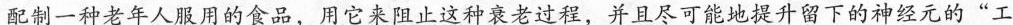
配制一种老年人服用的食品，用它来阻止这种衰老过程，并且尽可能地提升留下的神经元的”工